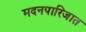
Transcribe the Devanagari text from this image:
मदनपारिजात